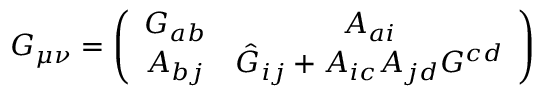
G _ { \mu \nu } = \left( \begin{array} { c c } { { G _ { a b } } } & { { A _ { a i } } } \\ { { A _ { b j } } } & { { \hat { G } _ { i j } + A _ { i c } A _ { j d } G ^ { c d } } } \end{array} \right)